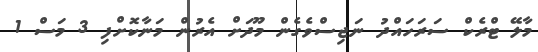
މާލޭ ޓްރެކް ސަރަހައްދު ނަޖިސްވެގެން މޫދަށް އެރުން މަނާކޮށްފި 3 މަސް 1